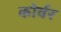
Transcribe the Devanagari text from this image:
कोर्वर